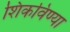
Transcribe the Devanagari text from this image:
शिकविण्या